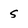
Character: 5